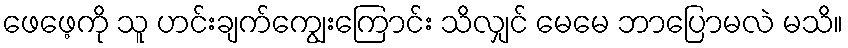
ဖေဖေ့ကို သူ ဟင်းချက်ကျွေးကြောင်း သိလျှင် မေမေ ဘာပြောမလဲ မသိ။